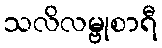
သလိလမ္ဗုစာရီ